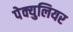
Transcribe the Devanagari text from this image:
पेक्युलियर